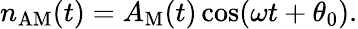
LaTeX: \begin{array}{r}{n_{\mathrm{AM}}(t)=A_{\mathrm{M}}(t)\cos(\omega t+\theta_{0}).}\end{array}